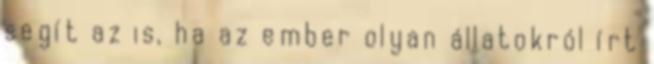
segít az is, ha az ember olyan állatokról írt